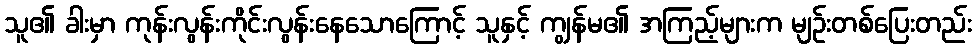
သူ၏ ခါးမှာ ကုန်းလွန်းကိုင်းလွန်းနေသောကြောင့် သူနှင့် ကျွန်မ၏ အကြည့်များက မျဉ်းတစ်ပြေးတည်း